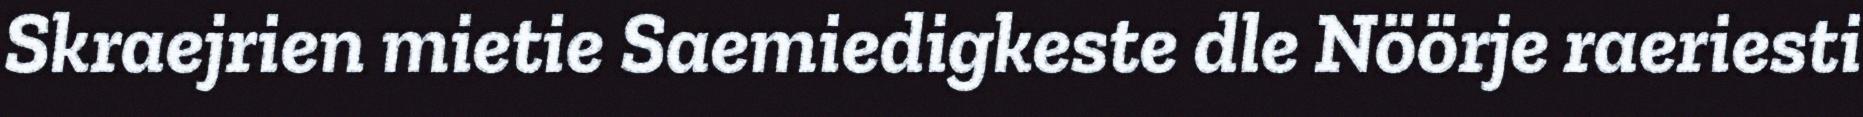
Skraejrien mietie Saemiedigkeste dle Nöörje raeriesti